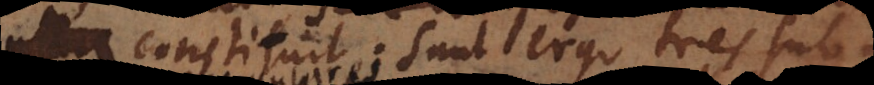
stituit; sunt ergo tres su